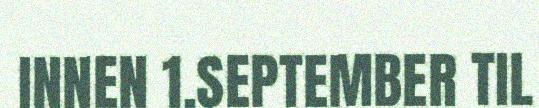
INNEN 1.SEPTEMBER TIL